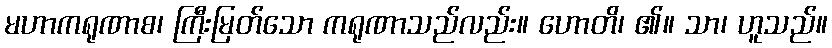
မဟာကရုဏာစ၊ ကြီးမြတ်သော ကရုဏာသည်လည်း။ ဟောတိ၊ ၏။ သာ၊ ဟူသည်။